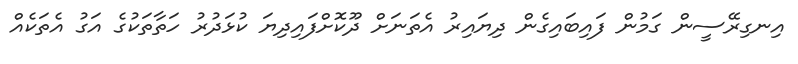
އިނގިރޭސީން ގަމުން ފައިބައިގެން ދިޔައިރު އެތަނަށް ދޫކޮށްފައިދިޔަ ކުޅަދުރު ހަތާތަކުގެ އަގު އެތަކެއް